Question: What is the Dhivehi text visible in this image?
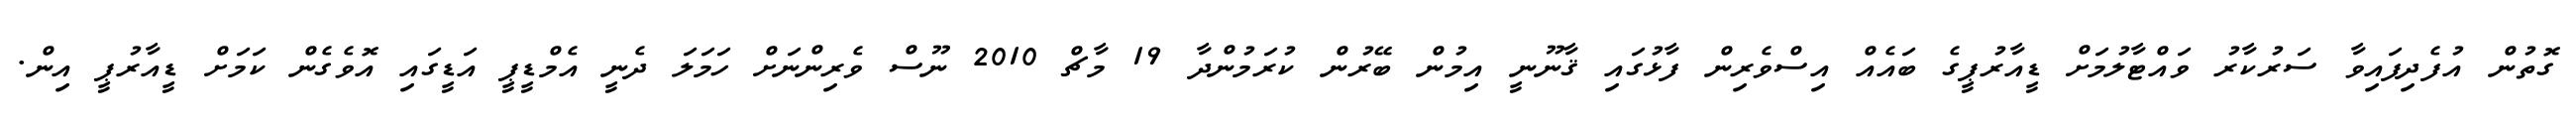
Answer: ގޮތުން އުފެދިފައިވާ ސަރުކާރު ވައްޓާލުމަށް ޑީއާރުޕީގެ ބައެއް އިސްވެރިން ފާޅުގައި ޤާނޫނީ އިމުން ބޭރުން ކުރަމުންދާ 19 މާޗް 2010 ނޫސް ވެރިންނަށް ހަމަލަ ދެނީ އެމްޑީޕީ އަޑީގައި އޮވެގެން ކަމަށް ޑީއާރުޕީ އިން.